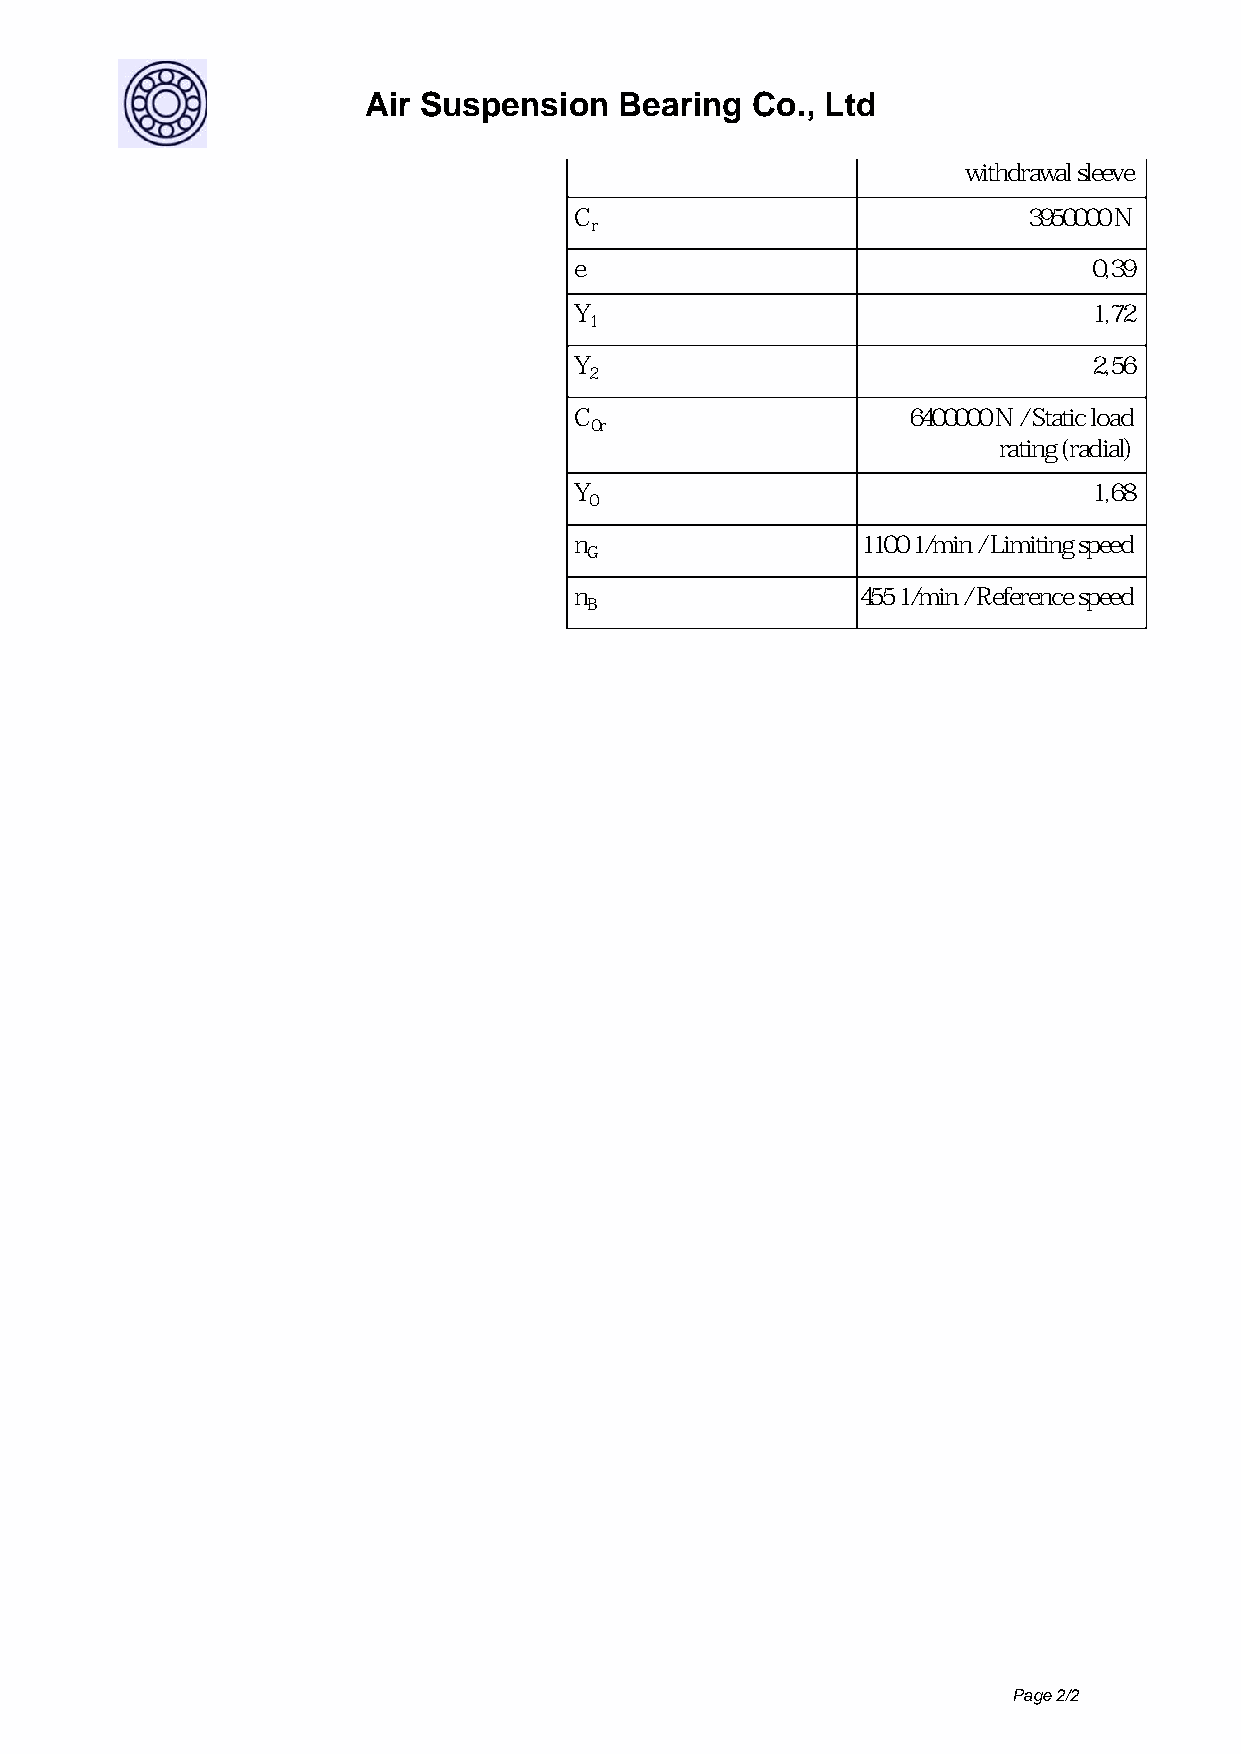
Air Suspension   Bearing  Co., Ltd
 withdrawal sleeve
 C                             3950000 N
 r
 e                                 0,39
 Y                                 1,72
 1
 Y                                 2,56
 2
 C                     6400000 N / Static load
 0r
 rating (radial)
 Y                                 1,68
 0
 n                  1100 1/min / Limiting speed
 G
 n                  455 1/min / Reference speed
 B
 Page 2/2
 Powered by TCPDF (www.tcpdf.org)